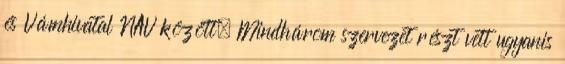
és Vámhivatal NAV között. Mindhárom szervezet részt vett ugyanis